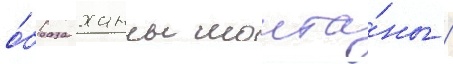
о́браза ханны монта́ны /